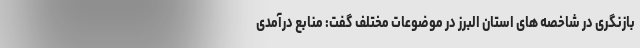
بازنگری در شاخصه های استان البرز در موضوعات مختلف گفت: منابع درآمدی